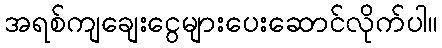
အရစ်ကျချေးငွေများပေးဆောင်လိုက်ပါ။